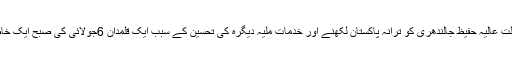
اب مزے کی بات سنئے کہ عدالت عالیہ (مغربی پاکستان) کے رجسٹرار کی طرف سے ٹیلی فون آیا کہ عدالت عالیہ حفیظ جالندھری کو ترانہ پاکستان لکھنے اور خدمات ملیہ دیگرہ کی تحسین کے سبب ایک قلمدان 6جولائی کی صبح ایک خاص اور الخاص تقریب میں (جس کے حضار اونچے پائے کے جسٹس صاحبان ہی ہوں گے) پیش کرے گی۔